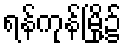
ရန်ကုန်မြို့၌